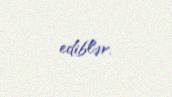
ediblər.